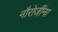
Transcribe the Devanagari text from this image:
नौरोजींना